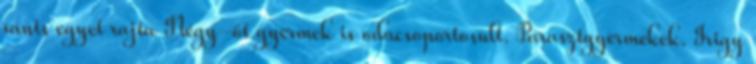
ránts egyet rajta Négy-öt gyermek is odacsoportosult. Parasztgyermekek. Irigy